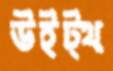
উইট্থ